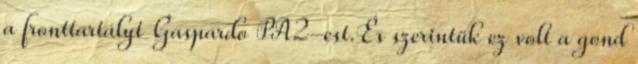
a fronttartályt Gaspardo PA2-est.És szerintük ez volt a gond